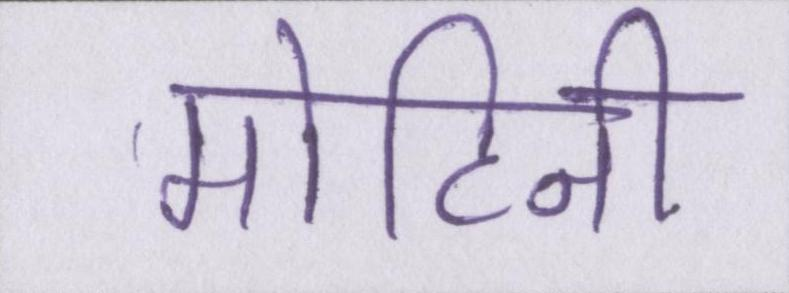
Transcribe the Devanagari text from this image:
मोहिनी